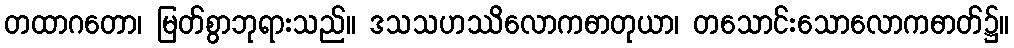
တထာဂတော၊ မြတ်စွာဘုရားသည်။ ဒသသဟဿိလောကဓာတုယာ၊ တသောင်းသောလောကဓာတ်၌။